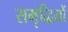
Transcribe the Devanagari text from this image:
समृद्धियों